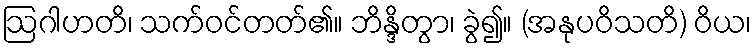
ဩဂါဟတိ၊ သက်ဝင်တတ်၏။ ဘိန္ဒိတွာ၊ ခွဲ၍။ (အနုပဝိသတိ) ဝိယ၊